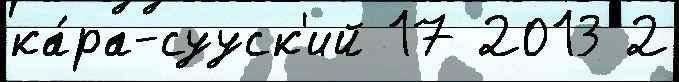
ка́ра-сууск'ий 17 2013 2